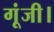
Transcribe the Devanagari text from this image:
गूंजी।